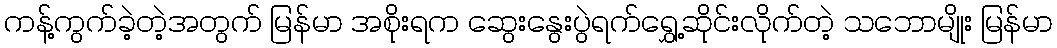
ကန့်ကွက်ခဲ့တဲ့အတွက် မြန်မာ အစိုးရက ဆွေးနွေးပွဲရက်ရွှေ့ဆိုင်းလိုက်တဲ့ သဘောမျိုး မြန်မာ